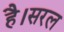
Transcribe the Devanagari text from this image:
है।सरल